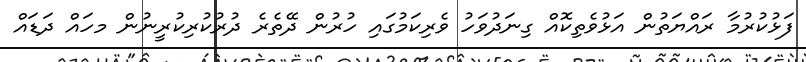
ފަޅުކުރުމާ ރައްޔަތުން އަޅުވެތިކޮއް ގިނަދުވަހު ވެރިކަމުގައި ހުރުން ދޭތެރެ ދުރުކުރިކުރީނުން މހައް ދަޑައް